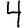
Digit: 4